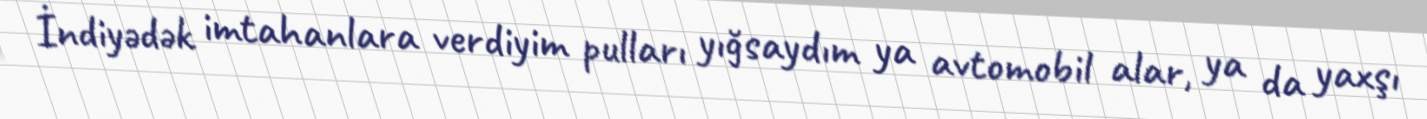
İndiyədək imtahanlara verdiyim pulları yığsaydım ya avtomobil alar, ya da yaxşı